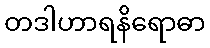
တဒါဟာရနိရောဓာ